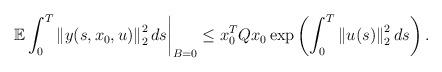
LaTeX: \begin{align*}\left.\mathbb E\int_0^T \left\|y(s, x_0, u)\right\|_2^2 ds \right\vert_{B=0} \leq x_0^T Q x_0 \exp\left(\int_0^T \left\|u(s)\right\|_2^2ds\right).\end{align*}